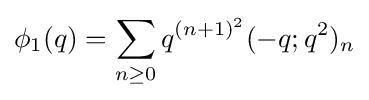
\phi _{1}(q)=\sum _{n\geq 0}{q^{(n+1)^{2}}(-q;q^{2})_{n}}